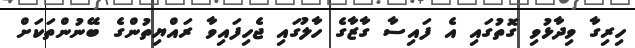
ހިރިގާ ވިދާޅުވި ގޮތުގައި އެ ފައިސާ ގާޒާގެ ހާލުގައި ޖެހިފައިވާ ރައްޔިތުންގެ ބޭނުންތަކަށް